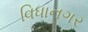
વિધાનગર